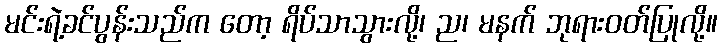
မင်းရဲ့ခင်ပွန်းသည်က တော့ ရိပ်သာသွားလို့၊ ည၊ မနက် ဘုရားဝတ်ပြုလို့။